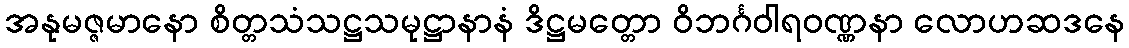
အနုမဇ္ဇမာနော စိတ္တသံသဋ္ဌသမုဋ္ဌာနာနံ ဒိဋ္ဌမတ္တော ဝိဘင်္ဂဝါရဝဏ္ဏနာ လောဟဆဒနေ